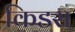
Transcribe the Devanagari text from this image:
किडस